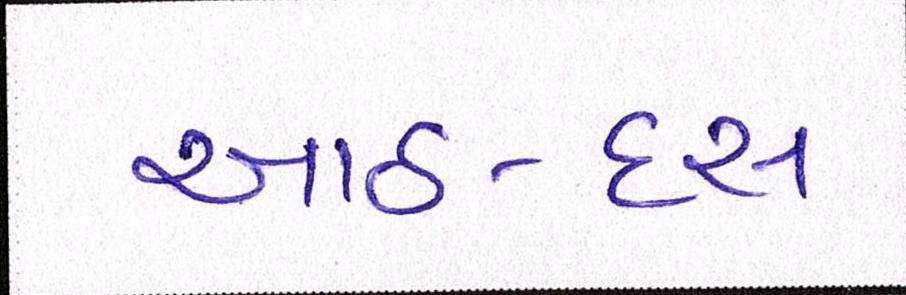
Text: આઠ-દસ